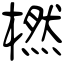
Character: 橪